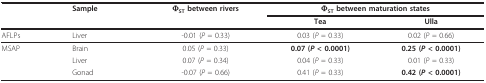
<table><thead><tr><td></td><td><b>Sample</b></td><td><b>Φ<sub>ST </sub>between rivers</b></td><td colspan="2"><b>Φ<sub>ST </sub>between maturation states</b></td></tr><tr><td></td><td></td><td></td><td><b>Tea</b></td><td><b>Ulla</b></td></tr></thead><tbody><tr><td>AFLPs</td><td>Liver</td><td>-0.01 (<i>P </i>= 0.33)</td><td>0.03 (<i>P </i>= 0.33)</td><td>0.02 (<i>P </i>= 0.66)</td></tr><tr><td>MSAP</td><td>Brain</td><td>0.05 (<i>P </i>= 0.33)</td><td><b>0.07 (<i>P </i>&lt; 0.0001)</b></td><td><b>0.25 (<i>P </i>&lt; 0.0001)</b></td></tr><tr><td></td><td>Liver</td><td>0.07 (<i>P </i>= 0.34)</td><td>0.04 (<i>P </i>= 0.33)</td><td>0.01 (<i>P </i>= 0.33)</td></tr><tr><td></td><td>Gonad</td><td>-0.07 (<i>P </i>= 0.66)</td><td>0.41 (<i>P </i>= 0.33)</td><td><b>0.42 (<i>P </i>&lt; 0.0001)</b></td></tr></tbody></table>